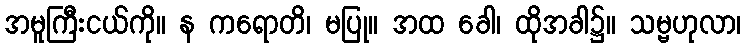
အမူကြီးငယ်ကို။ န ကရောတိ၊ မပြု။ အထ ခေါ၊ ထိုအခါ၌။ သမ္ဗဟုလာ၊